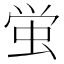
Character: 蛍